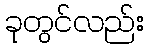
ခုတွင်လည်း